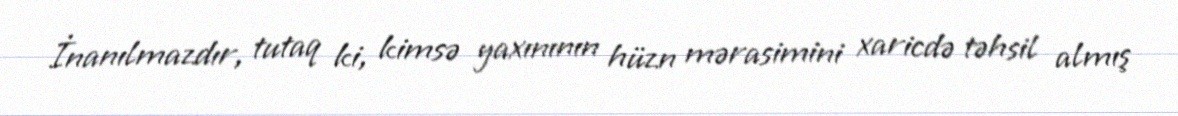
İnanılmazdır, tutaq ki, kimsə yaxınının hüzn mərasimini xaricdə təhsil almış